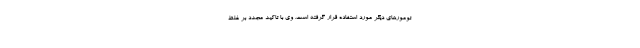
تومورهای دیگر مورد استفاده قرار گرفته است. وی با تاکید مجدد بر غلط